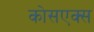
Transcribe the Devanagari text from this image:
कोसएक्स